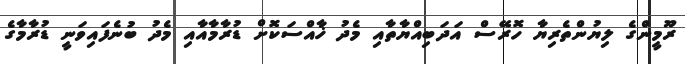
ރޫމީންގެ ލިޔުންތެރިޔާ ހޮރޭސް އަދަބިއްޔާތާއި މެދު ޚާއްސަކޮށް ޑުރާމާއާއި މެދު ބުނެފައިވަނީ ޑުރާމާގެ